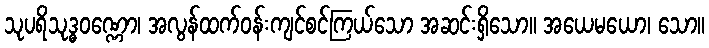
သုပရိသုဒ္ဓဝဏ္ဏော၊ အလွန်ထက်ဝန်းကျင်စင်ကြယ်သော အဆင်းရှိသော။ အယေမယော၊ သော။